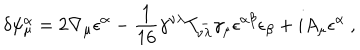
\delta \psi _ { \mu } ^ { \alpha } = 2 \nabla _ { \mu } \epsilon ^ { \alpha } - { \frac { 1 } { 1 6 } } \gamma ^ { \nu \lambda } T _ { \nu \lambda } ^ { - } \gamma _ { \mu } \epsilon ^ { \alpha \beta } \epsilon _ { \beta } + i A _ { \mu } \epsilon ^ { \alpha } \ ,